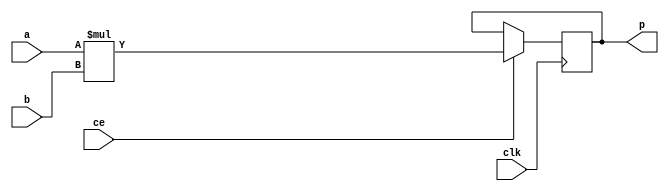
module nfa_accept_samples_generic_hw_mul_8ns_6ns_14_2_MAC2S_1(clk, ce, a, b, p);
input clk;
input ce;
input[8 - 1 : 0] a; 
input[6 - 1 : 0] b; 
output[14 - 1 : 0] p;
reg[14 - 1 : 0] p;
wire [14 - 1 : 0] tmp_product;
assign tmp_product = a * b;
always @ (posedge clk) begin
    if (ce) begin
        p <= tmp_product;
    end
end
endmodule